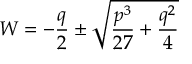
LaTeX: W = - { \frac { q } { 2 } } \pm { \sqrt { { \frac { p ^ { 3 } } { 2 7 } } + { \frac { q ^ { 2 } } { 4 } } } }